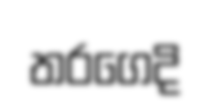
තරගෙදි